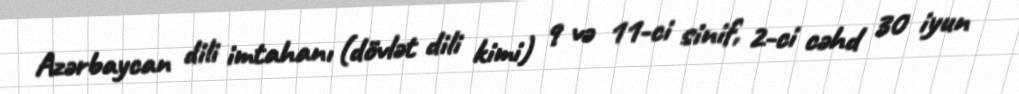
Azərbaycan dili imtahanı (dövlət dili kimi) 9 və 11-ci sinif, 2-ci cəhd 30 iyun